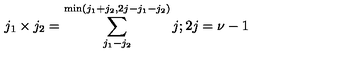
j _ { 1 } \times j _ { 2 } = \sum _ { j _ { 1 } - j _ { 2 } } ^ { \min ( j _ { 1 } + j _ { 2 } , 2 j - j _ { 1 } - j _ { 2 } ) } j ; 2 j = \nu - 1